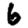
Digit: 6